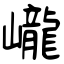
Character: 巄